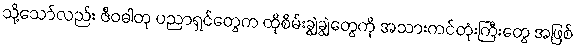
သို့သော်လည်း ဇီဝဓါတု ပညာရှင်တွေက ထိုစိမ်းချွဲချွဲတွေကို အသားကင်တုံးကြီးတွေ အဖြစ်